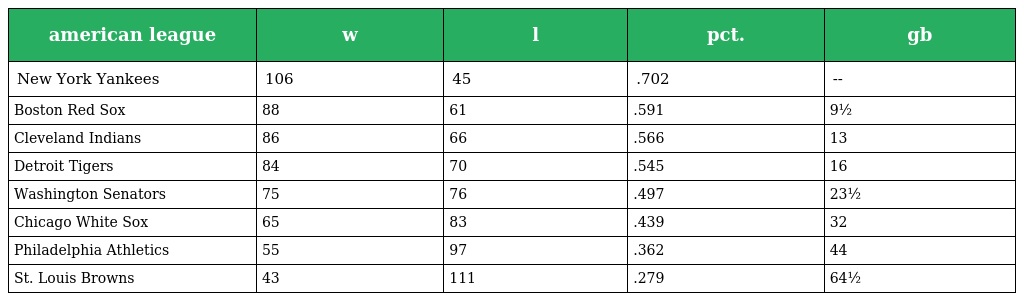
| american league | w | l | pct. | gb |
 | --- | --- | --- | --- | --- |
 | New York Yankees | 106 | 45 | .702 | -- |
 | Boston Red Sox | 88 | 61 | .591 | 9½ |
 | Cleveland Indians | 86 | 66 | .566 | 13 |
 | Detroit Tigers | 84 | 70 | .545 | 16 |
 | Washington Senators | 75 | 76 | .497 | 23½ |
 | Chicago White Sox | 65 | 83 | .439 | 32 |
 | Philadelphia Athletics | 55 | 97 | .362 | 44 |
 | St. Louis Browns | 43 | 111 | .279 | 64½ |